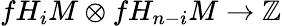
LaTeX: fH_{i}M\otimes fH_{n-i}M\to\mathbb{Z}